Vaccination in Burma 1900-1911 - 1900-1911
Year: 1900
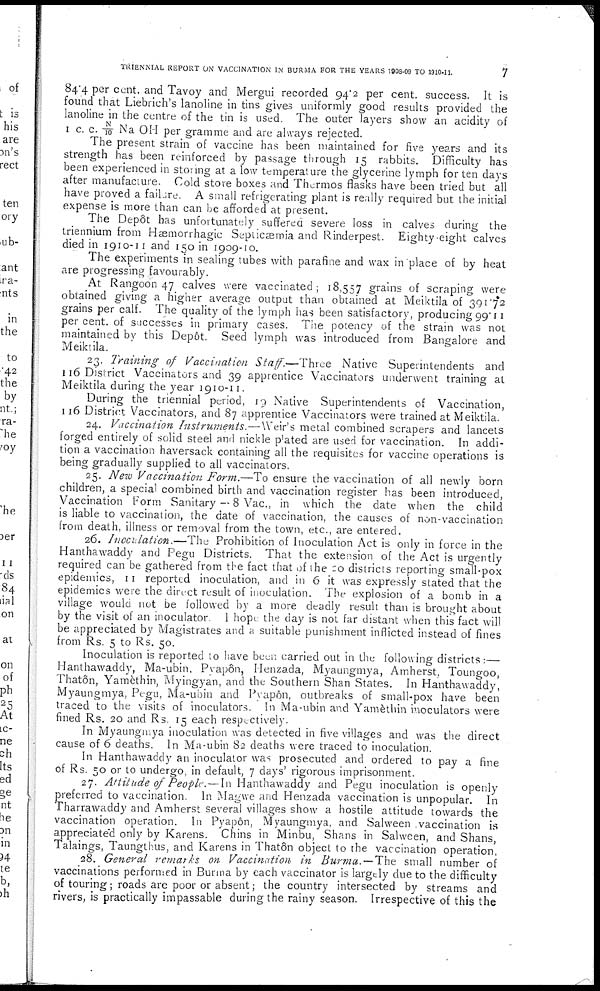
TRIENNIAL REPORT ON VACCINATION IN BURMA FOR THE YEARS 1908-09 TO 1910-11.
7
84.4 per cent. and Tavoy and Mergui recorded 94.2 per cent. success. It is
found that Liebrich's lanoline in tins gives uniformly good results provided the
lanoline in the centre of the tin is used. The outer layers show an acidity of
I C.C. N/ 10 Na OH per gramme and are always rejected.
The present strain of vaccine has been maintained for five years and its
strength has been reinforced by passage through 15 rabbits. Difficulty has
been experienced in storing at a low temperature the glycerine lymph for ten days
after manufacture. Cold store boxes and Thermos flasks have been tried but all
have proved a failure. A small refrigerating plant is really required but the initial
expense is more than can be afforded at present.
The Depôt has unfortunately suffered severe loss in calves during the
triennium from Hæmorrhagic Septicæmia and Rinderpest. Eighty-eight calves
died in 1910-11 and 150 in 1909-10.
The experiments in sealing tubes with parafine and wax in place of by heat
are progressing favourably.
At Rangoon 47 calves were vaccinated; 18,557 grains of scraping were
obtained giving a higher average output than obtained at Meiktila of 391.72
grains per calf. The quality of the lymph has been satisfactory, producing 99.11
per cent. of successes in primary cases. The potency of the strain was not
maintained by this Depôt. Seed lymph was introduced from Bangalore and
Meiktila.
23. Training of Vaccination Staff.—Three Native Superintendents and
116 District Vaccinators and 39 apprentice Vaccinators underwent training at
Meiktila during the year 1910-11.
During the triennial period, 19 Native Superintendents of Vaccination,
116 District Vaccinators, and 87 apprentice Vaccinators were trained at Meiktila.
24. Vaccination Instruments.—Weir's metal combined scrapers and lancets
forged entirely of solid steel and nickle plated are used for vaccination. In addi-
tion a vaccination haversack containing all the requisites for vaccine operations is
being gradually supplied to all vaccinators.
25. New Vaccination Form.—To ensure the vaccination of all newly born
children, a special combined birth and vaccination register has been introduced,
Vaccination Form Sanitary — 8 Vac., in which the date when the child
is liable to vaccination, the date of vaccination, the causes of non-vaccination
from death, illness or removal from the town, etc., are entered.
26. Inoculation.—The Prohibition of Inoculation Act is only in force in the
Hanthawaddy and Pegu Districts. That the extension of the Act is urgently
required can be gathered from the fact that of the 20 districts reporting small-pox
epidemics, 11 reported inoculation, and in 6 it was expressly stated that the
epidemics were the direct result of inoculation. The explosion of a bomb in a
village would not be followed by a more deadly result than is brought about
by the visit of an inoculator. I hope the day is not far distant when this fact will
be appreciated by Magistrates and a suitable punishment inflicted instead of fines
from Rs. 5 to Rs. 50.
Inoculation is reported to have been carried out in the following districts:—
Hanthawaddy, Ma-ubin, Pyapôn, Henzada, Myaungmya, Amherst, Toungoo,
Thatôn, Yamèthin, Myingyan, and the Southern Shan States. In Hanthawaddy,
Myaungmya, Pegu, Ma-ubin and Pyapôn, outbreaks of small-pox have been
traced to the visits of inoculators. In Ma-ubin and Yamèthin inoculators were
fined Rs. 20 and Rs. 15 each respectively.
In Myaungmya inoculation was detected in five villages and was the direct
cause of 6 deaths. In Ma-ubin 82 deaths were traced to inoculation.
In Hanthawaddy an inoculator was prosecuted and ordered to pay a fine
of Rs. 50 or to undergo, in default, 7 days' rigorous imprisonment.
27. Attitude of People.— In Hanthawaddy and Pegu inoculation is openly
preferred to vaccination. In Magwe and Henzada vaccination is unpopular. In
Tharrawaddy and Amherst several villages show a hostile attitude towards the
vaccination operation. In Pyapôn, Myaungmya, and Salween vaccination is
appreciated only by Karens. Chins in Minbu, Shans in Salween, and Shans,
Talaings, Taungthus, and Karens in Thatôn object to the vaccination operation,
28. General remarks on Vaccination in Burma.—-The small number of
vaccinations performed in Burma by each vaccinator is largely due to the difficulty
of touring; roads are poor or absent; the country intersected by streams and
rivers, is practically impassable during the rainy season. Irrespective of this the